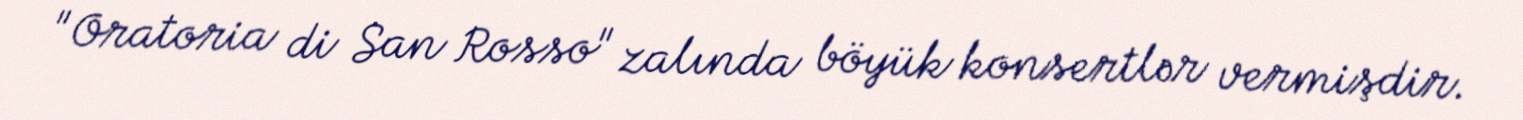
"Oratoria di San Rosso" zalında böyük konsertlər vermişdir.